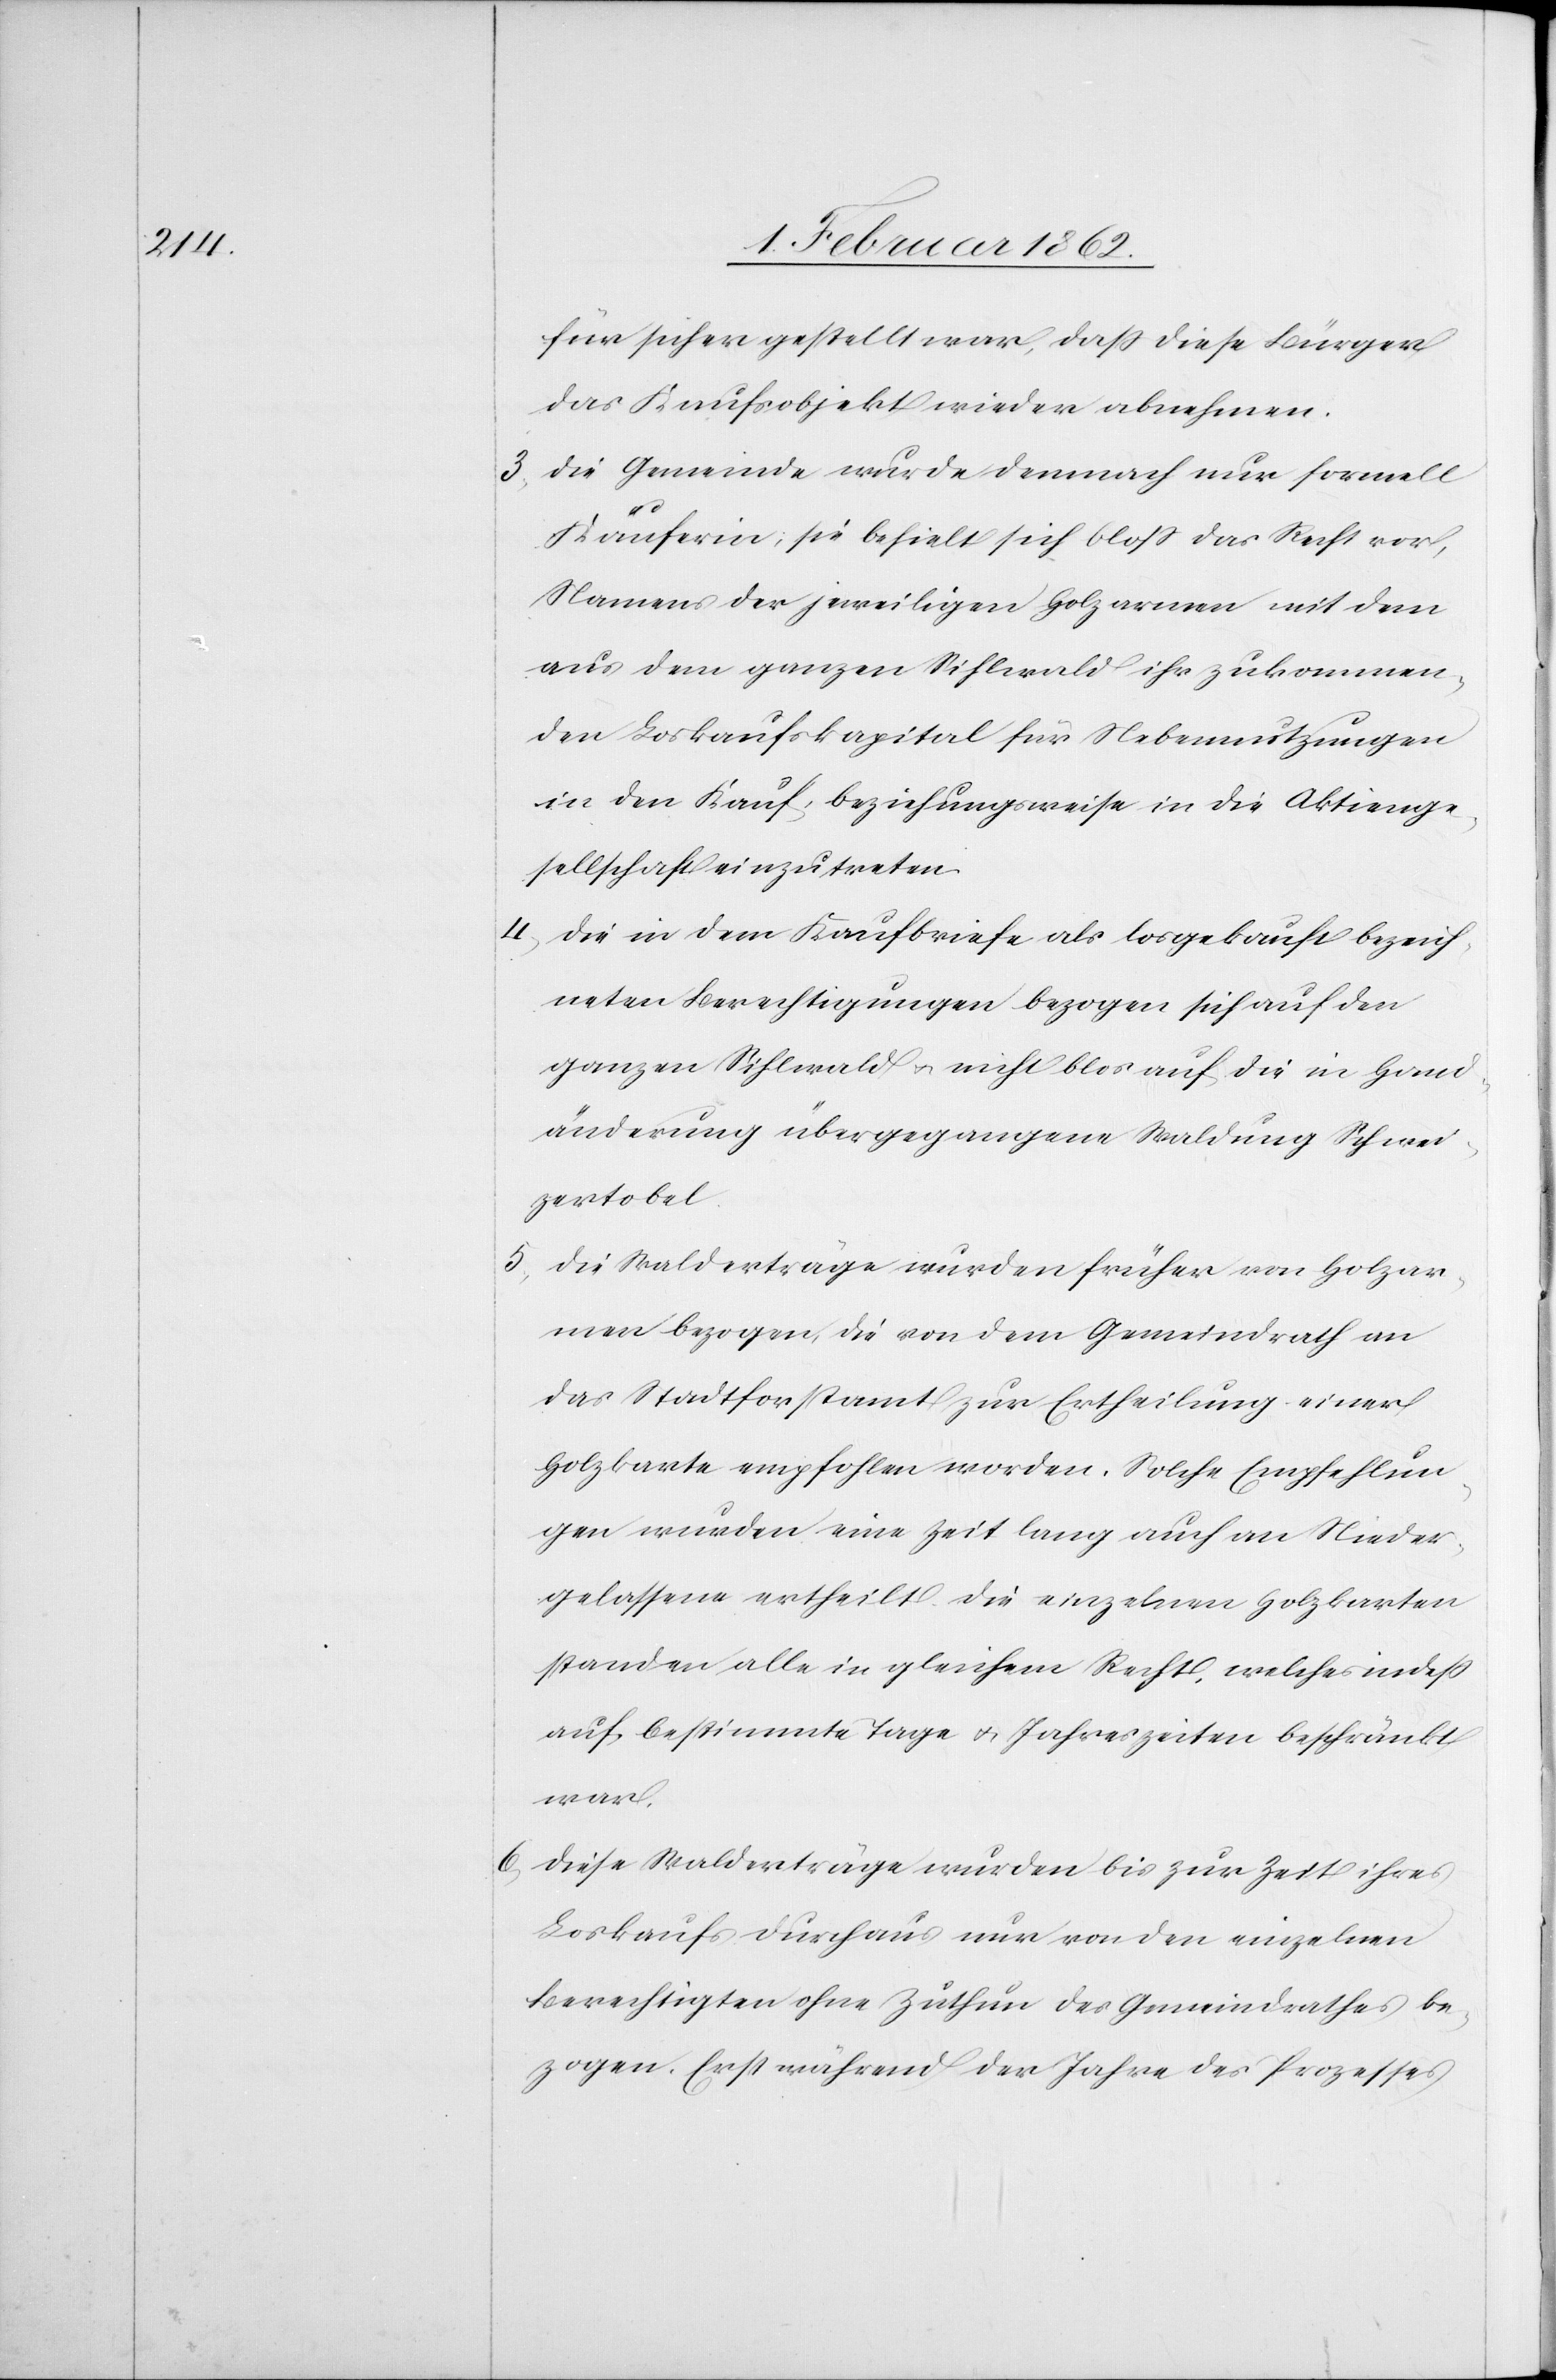
für sicher gestellt war, daß diese Bürger
das Kaufobjekt wieder abnehmen.
3) die Gemeinde wurde demnach nur formell
Käuferin, sie behielt sich bloß das Recht vor,
Namens der jeweiligen Holzarmen mit dem
aus dem ganzen Sihlwald ihr zukommen¬
den Loskaufskapital für Nebennutzungen
in den Kauf beziehungsweise in die Aktienge¬
sellschaft einzutreten.
4) die in dem Kaufbriefe als losgekauft bezeich¬
neten Berechtigungen bezogen sich auf den
ganzen Sihlwald u. nicht blos auf die in Hand¬
änderung übergegangene Waldung Schwei¬
zertobel.
die Walderträge wurden früher von Holzar¬
men bezogen, die von dem Gemeindrath an
das Stadtforstamt zur Ertheilung einer
Holzkarte empfohlen worden. Solche Empfehlun¬
gen wurden eine Zeit lang auch an Nieder¬
gelassene ertheilt. Die einzelnen Holzkarten
standen alle in gleichem Recht, welches indeß
auf bestimmte Tage u. Jahreszeiten beschränkt
war.
6) diese Walderträge wurden bis zur Zeit ihres
Loskaufs durchaus nur von den einzelnen
Berechtigten ohne Zuthun des Gemeindrathes be¬
zogen. Erst während der Jahre des Prozesses